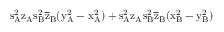
\mathrm { s _ { A } ^ { 2 } \mathrm { z _ { A } \mathrm { s _ { B } ^ { 2 } \mathrm { \overline { { z } } _ { B } ( \mathrm { y _ { A } ^ { 2 } - \mathrm { x _ { A } ^ { 2 } ) + \mathrm { s _ { A } ^ { 2 } \mathrm { z _ { A } \mathrm { s _ { B } ^ { 2 } \mathrm { \overline { { z } } _ { B } ( \mathrm { x _ { B } ^ { 2 } - \mathrm { y _ { B } ^ { 2 } ) } } } } } } } } } } } }